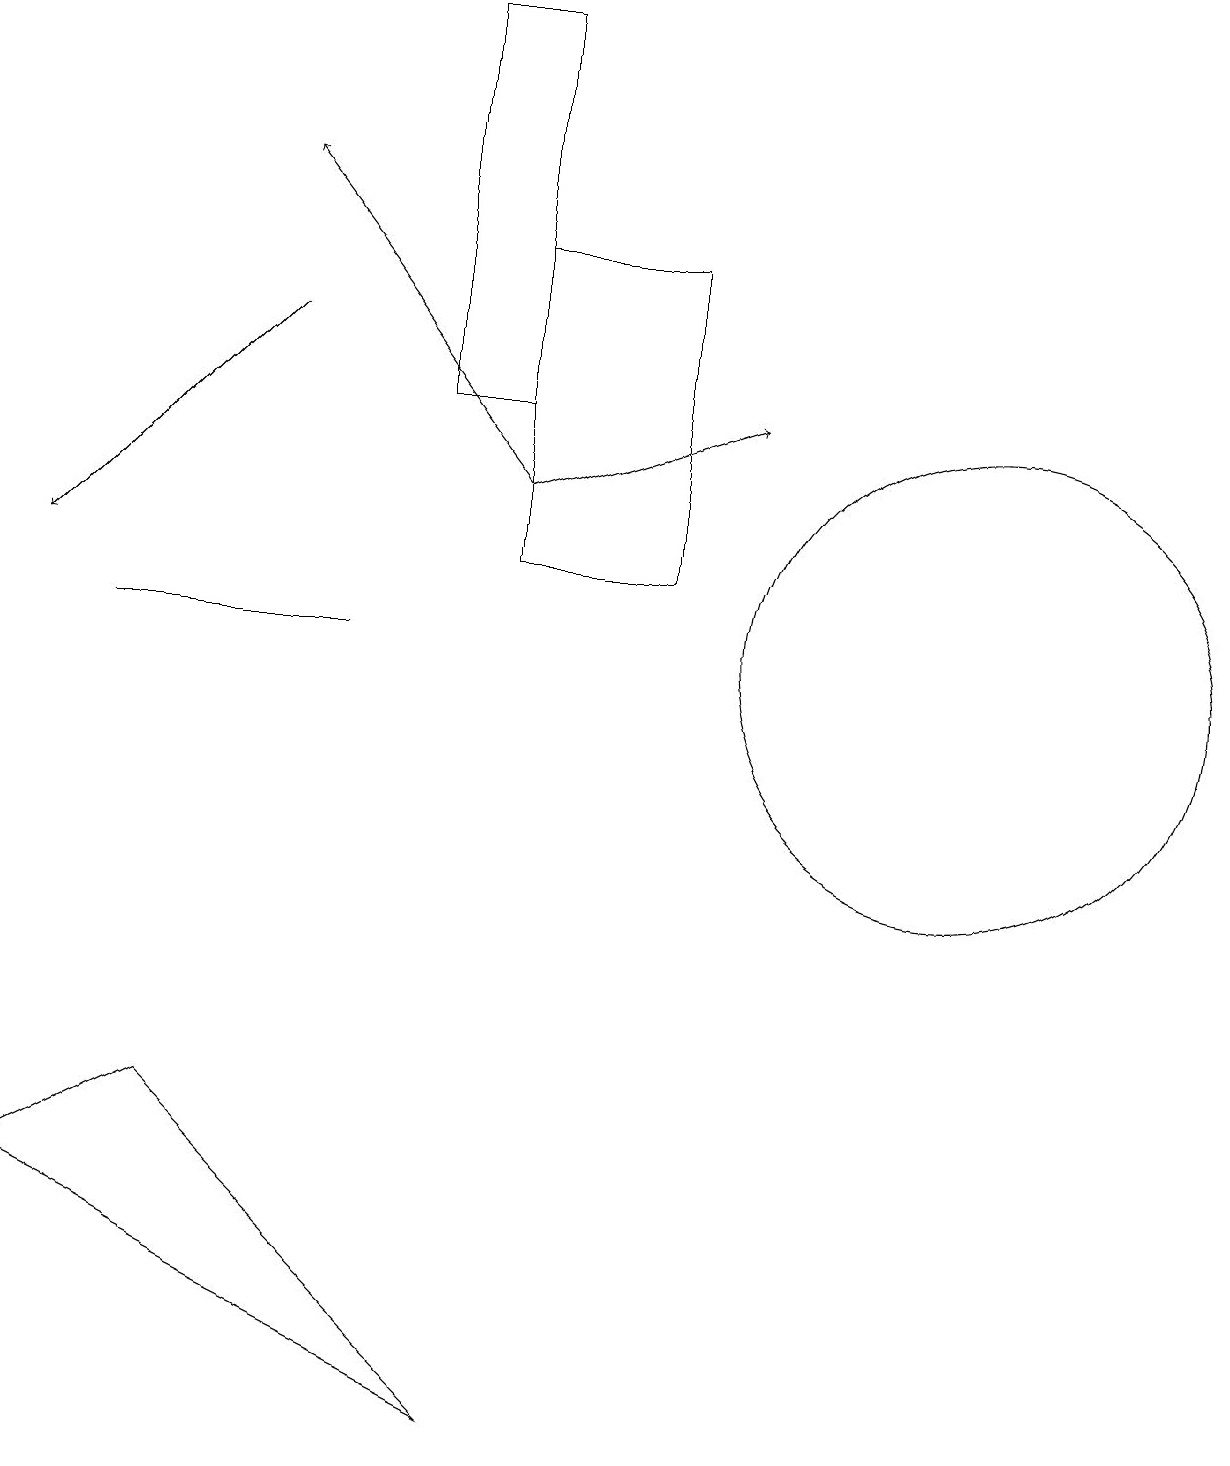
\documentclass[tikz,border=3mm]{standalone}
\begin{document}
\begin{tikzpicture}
\draw (8,15) rectangle (6,11);
\draw (4,10) rectangle (1,10);
\draw (6,0) -- (2,4) -- (0,3) -- cycle;
\draw (12,10) circle (3);
\draw[->] (6,12) -- (3,16);
\draw[->] (3,14) -- (0,11);
\draw[->] (6,12) -- (9,13);
\draw (5,13) rectangle (6,18);
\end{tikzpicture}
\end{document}